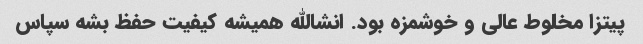
پیتزا مخلوط عالی و خوشمزه بود. انشالله همیشه کیفیت حفظ بشه سپاس